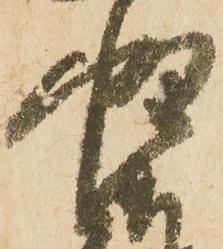
惶